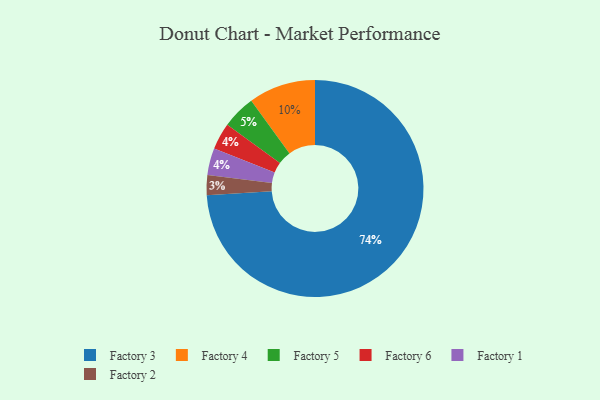
{"axis": {"x": "Category", "y": "Percentage"}, "legend": ["Factory 1", "Factory 2", "Factory 3", "Factory 4", "Factory 5", "Factory 6"], "data": [{"x": "Factory 5", "y": 5, "type": "Factory 5"}, {"x": "Factory 6", "y": 4, "type": "Factory 6"}, {"x": "Factory 4", "y": 10, "type": "Factory 4"}, {"x": "Factory 1", "y": 4, "type": "Factory 1"}, {"x": "Factory 3", "y": 74, "type": "Factory 3"}, {"x": "Factory 2", "y": 3, "type": "Factory 2"}]}